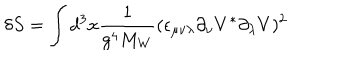
\delta S = \int d ^ { 3 } x { \frac { 1 } { g ^ { 4 } M _ { W } } } ( \epsilon _ { \mu \nu \lambda } \partial _ { \nu } V ^ { * } \partial _ { \lambda } V ) ^ { 2 }